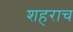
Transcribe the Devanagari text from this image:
शहराच